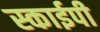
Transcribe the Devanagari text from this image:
स्काईपी